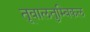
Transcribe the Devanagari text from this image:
तूवालतुम्बिकल